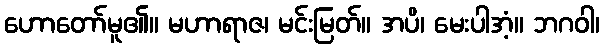
ဟောတော်မူ၏။ မဟာရာဇ၊ မင်းမြတ်။ အပိ၊ မေးပါအံ့။ ဘဂဝါ၊